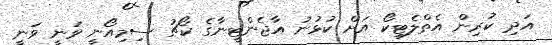
އަދި ކުރިން އެތްލެޓިކޯ އަށް ކުޅުނު އާޖެންޓީނާގެ ކޯޗު ސިމިއޯނީ ވަނީ ވަނީ